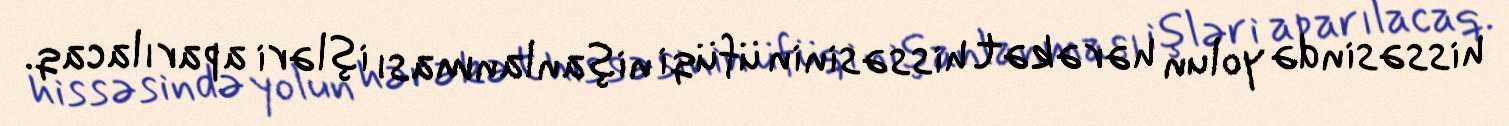
hissəsində yolun hərəkət hissəsinin üfüqi nişanlanması işləri aparılacaq.